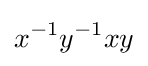
x^{-1}y^{-1}xy